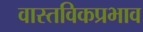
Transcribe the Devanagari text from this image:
वास्तविकप्रभाव